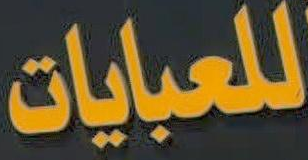
للعبايات